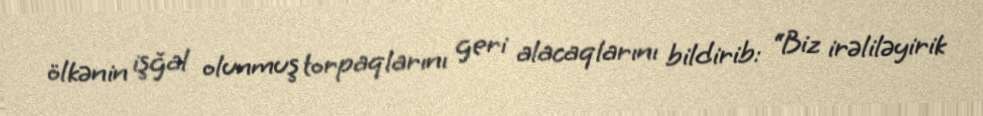
ölkənin işğal olunmuş torpaqlarını geri alacaqlarını bildirib: “Biz irəliləyirik